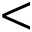
<